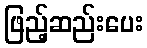
ဖြည့်ဆည်းပေး